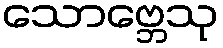
သောဗ္ဘေသု